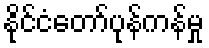
နိုင်ငံတော်ပုန်ကန်မှု